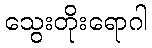
သွေးတိုးရောဂါ